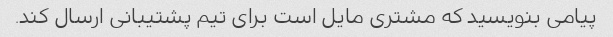
پیامی بنویسید که مشتری مایل است برای تیم پشتیبانی ارسال کند.